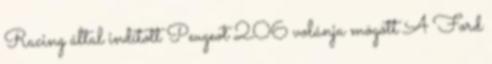
Racing által indított Peugeot 206 volánja mögött A Ford